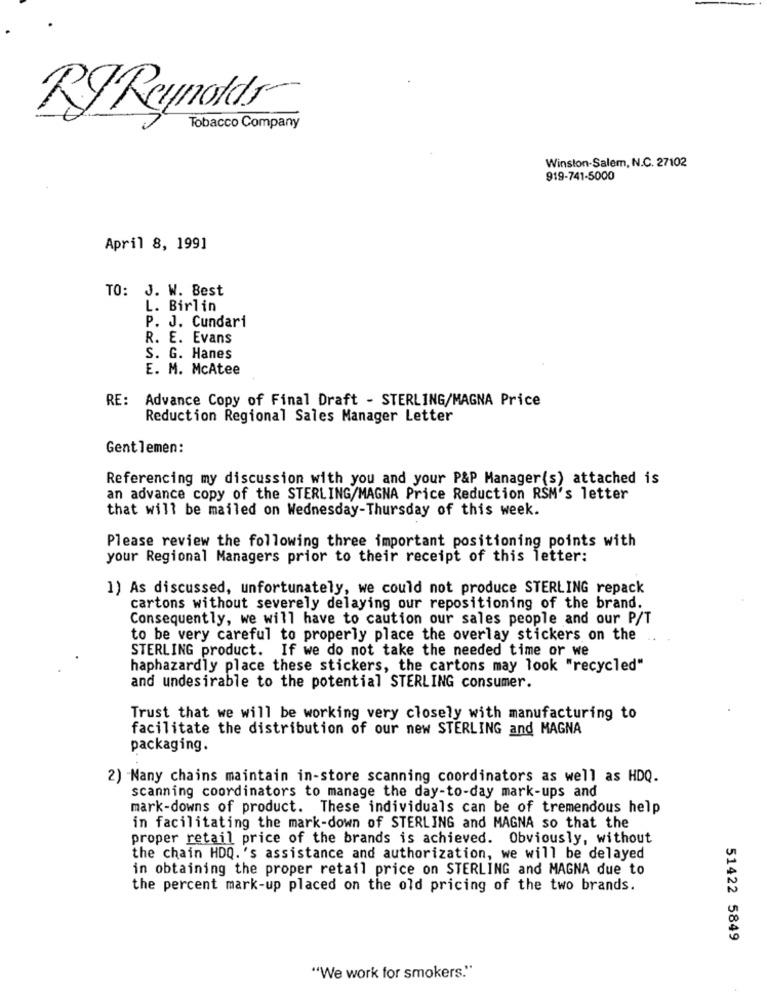
RJReynolds
Tobacco Company
Winston-Salem, N.C. 27102
919-741-5000
April 8, 1991
TO: J. W. Best
L. Birlin
P. J. Cundari
R. E. Evans
S. G. Hanes
E. M. McAtee
RE:
Advance Copy of Final Draft - STERLING/MAGNA Price
Reduction Regional Sales Manager Letter
Gentlemen:
Referencing my discussion with you and your P&P Manager(s) attached is
an advance copy of the STERLING/MAGNA Price Reduction RSM's letter
that will be mailed on Wednesday-Thursday of this week.
Please review the following three important positioning points with
your Regional Managers prior to their receipt of this letter:
1) As discussed, unfortunately, we could not produce STERLING repack
cartons without severely delaying our repositioning of the brand.
Consequently, we will have to caution our sales people and our P/T
to be very careful to properly place the overlay stickers on the ..
STERLING product. If we do not take the needed time or we
haphazardly place these stickers, the cartons may look "recycled"
and undesirable to the potential STERLING consumer.
Trust that we will be working very closely with manufacturing to
facilitate the distribution of our new STERLING and MAGNA
packaging.
2) Many chains maintain in-store scanning coordinators as well as HDQ.
scanning coordinators to manage the day-to-day mark-ups and
mark-downs of product. These individuals can be of tremendous help
in facilitating the mark-down of STERLING and MAGNA so that the
proper retail price of the brands is achieved. Obviously, without
the chain HDQ.'s assistance and authorization, we will be delayed
in obtaining the proper retail price on STERLING and MAGNA due to
the percent mark-up placed on the old pricing of the two brands.
51422 5849
"We work for smokers."